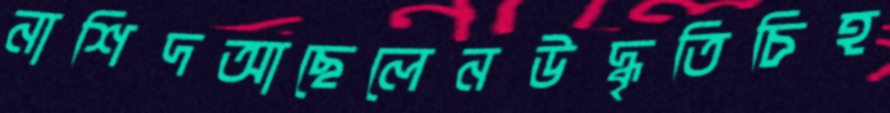
নাশিদআছেলেনউদ্ধৃতিচিহ